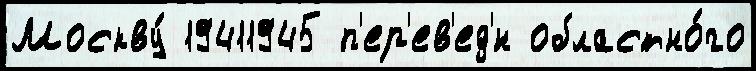
Москву́ 19411945 п'ер'ев'ед'́н областно́го